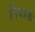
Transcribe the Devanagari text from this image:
निंयत्रक